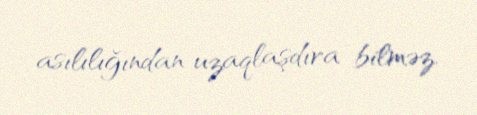
asılılığından uzaqlaşdıra bilməz.